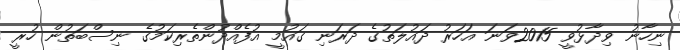
ނިހާނު ވިދާޅުވީ 2015ވަނަ އަހަރު ދައުލަތުގެ ދަރަނި ގައުމީ އުފެއްދުންތެރިކަމުގެ ނިސްބަތުން ހުރީ